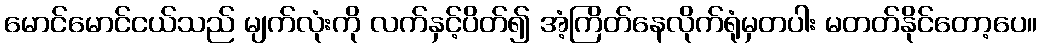
မောင်မောင်ငယ်သည် မျက်လုံးကို လက်နှင့်ပိတ်၍ အံ့ကြိတ်နေလိုက်ရုံမှတပါး မတတ်နိုင်တော့ပေ။